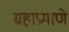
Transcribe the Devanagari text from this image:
ग्रहाप्रमाणे